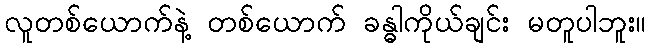
လူတစ်ယောက်နဲ့ တစ်ယောက် ခန္ဓါကိုယ်ချင်း မတူပါဘူး။